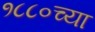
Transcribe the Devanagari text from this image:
१८८०च्या